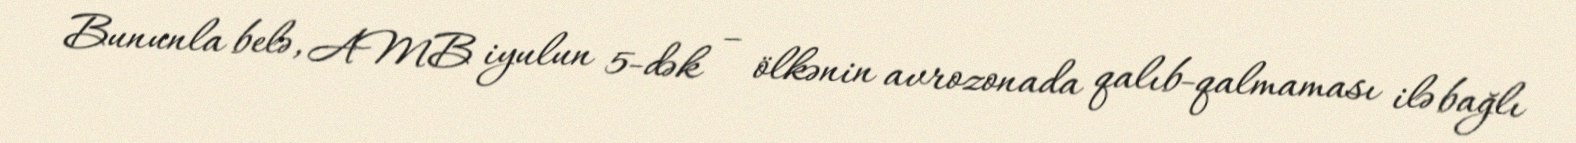
Bununla belə, AMB iyulun 5-dək – ölkənin avrozonada qalıb-qalmaması ilə bağlı